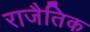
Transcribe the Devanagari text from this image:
राजैतिक